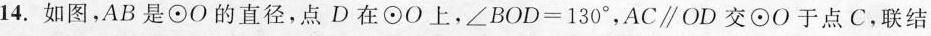
14.如图，AB是\odot O的直径，点D在\odot O上，$$∠ B O D = 1 3 0 °$$，AC\parallel OD交\odot O于点C.联结